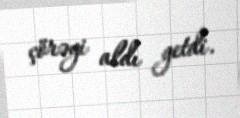
çörəyi aldı getdi.